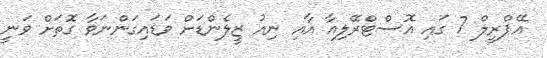
އޭޕްރީލް 7 ގައި އޮސްޓްރޭލިއާ އާއި ނިއު ޒީލެންޑަށް ވަޑައިގަންނަވާ ގޮތަށް ވަނީ